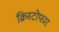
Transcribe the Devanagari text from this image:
क्रिस्टोफार